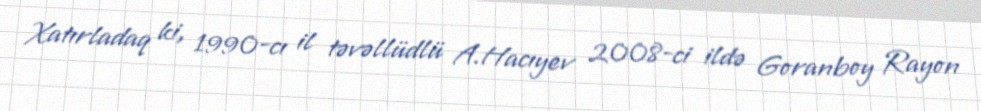
Xatırladaq ki, 1990-cı il təvəllüdlü A.Hacıyev 2008-ci ildə Goranboy Rayon